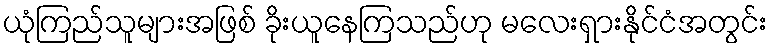
ယုံကြည်သူများအဖြစ် ခိုးယူနေကြသည်ဟု မလေးရှားနိုင်ငံအတွင်း